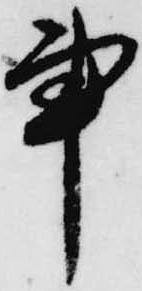
事